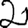
Digit: 2